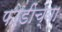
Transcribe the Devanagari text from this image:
फोडींच्या